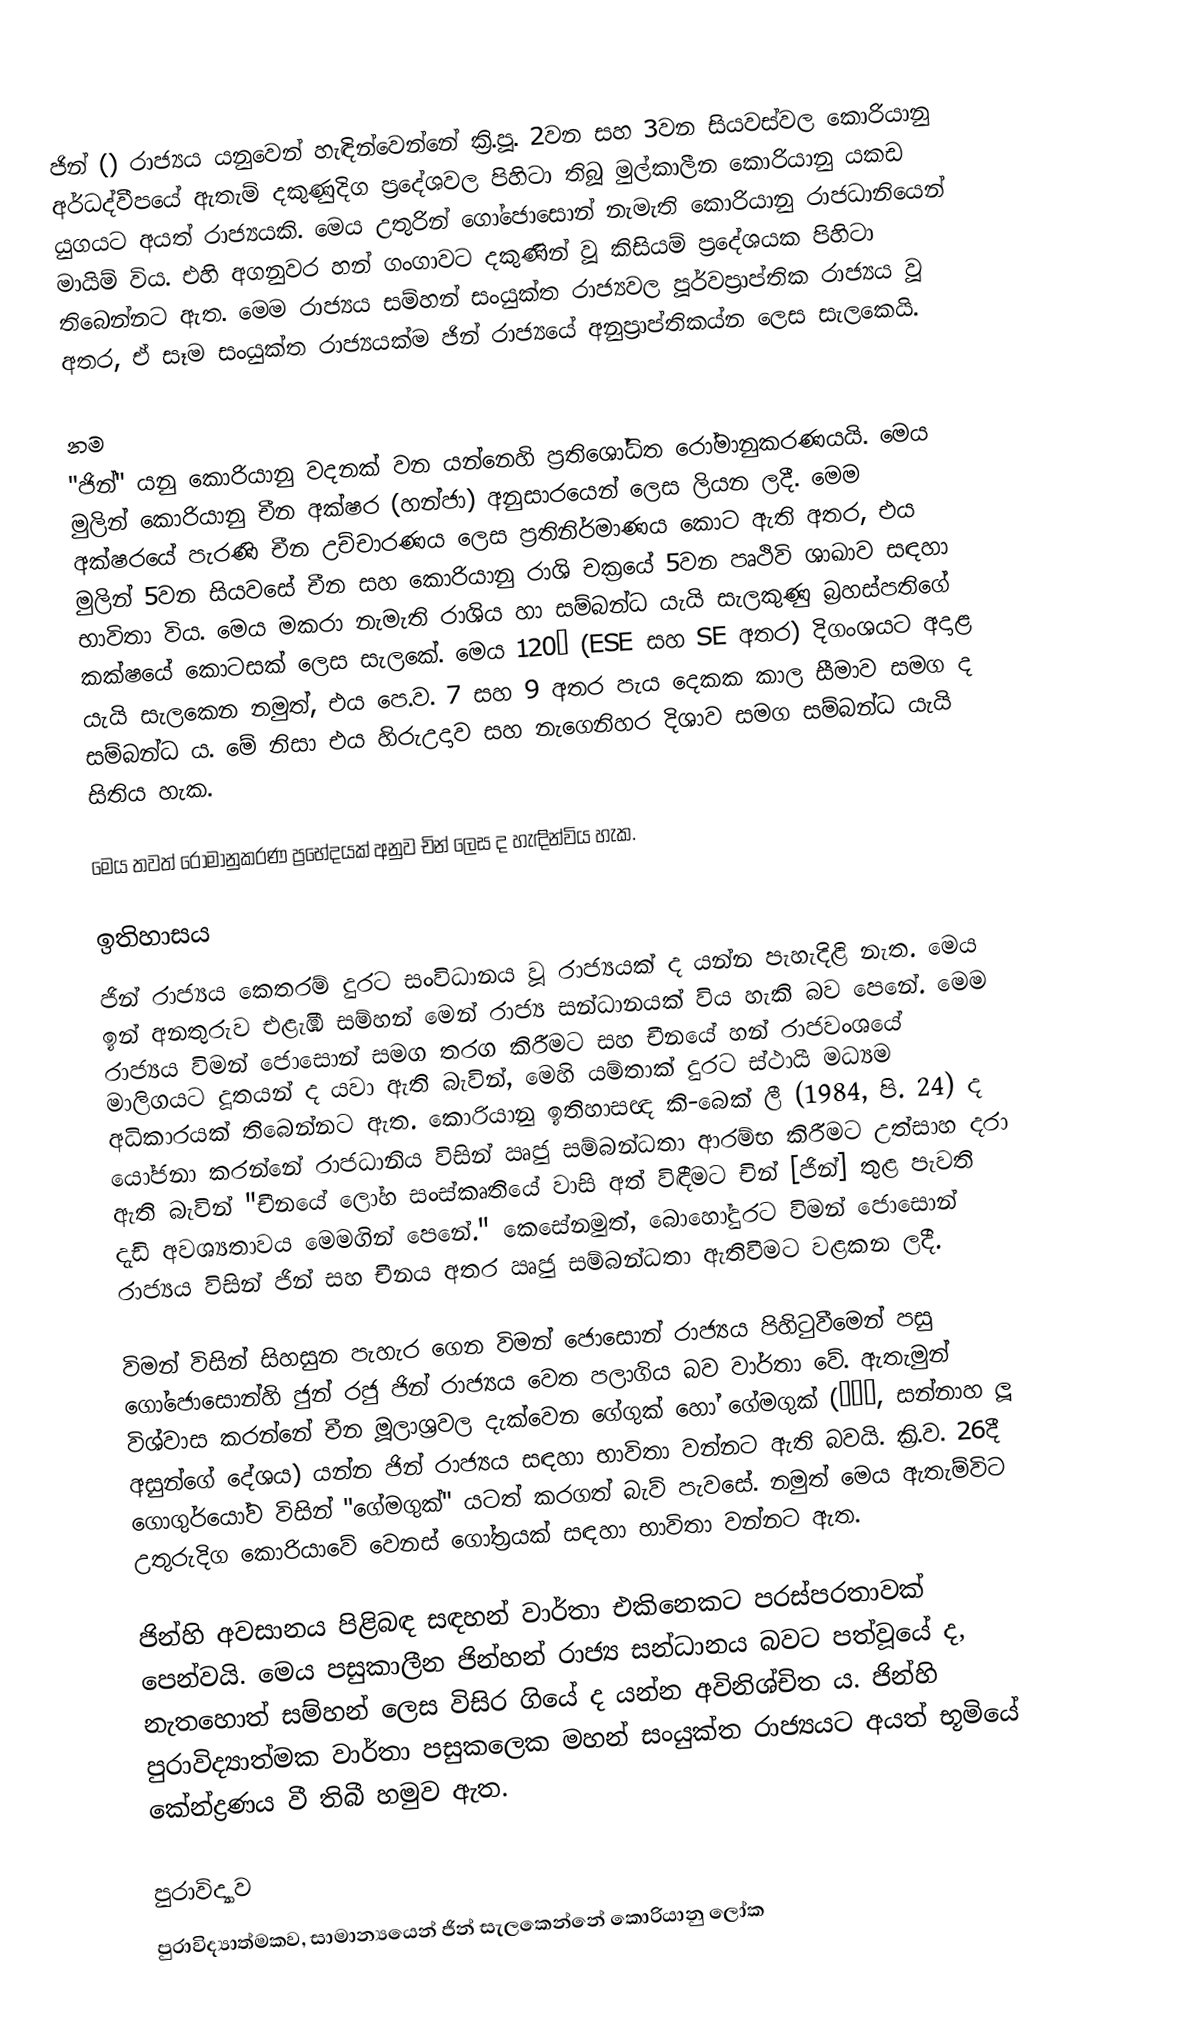
ජින් () රාජ්‍යය යනුවෙන් හැඳින්වෙන්නේ ක්‍රි.පූ. 2වන සහ 3වන සියවස්වල කොරියානු අර්ධද්වීපයේ ඇතැම් දකුණුදිග ප්‍රදේශවල පිහිටා තිබූ මුල්කාලීන කොරියානු යකඩ යුගයට අයත් රාජ්‍යයකි. මෙය උතුරින් ගෝජොසොන් නැමැති කොරියානු රාජධානියෙන් මායිම් විය. එහි අගනුවර හන් ගංගාවට දකුණින් වූ කිසියම් ප්‍රදේශයක පිහිටා තිබෙන්නට ඇත. මෙම රාජ්‍යය සම්හන් සංයුක්ත රාජ්‍යවල පූර්වප්‍රාප්තික රාජ්‍යය වූ අතර, ඒ සෑම සංයුක්ත රාජ්‍යයක්ම ජින් රාජ්‍යයේ අනුප්‍රාප්තිකය්න ලෙස සැලකෙයි.

නම
"ජින්" යනු කොරියානු වදනක් වන  යන්නෙහි ප්‍රතිශෝධිත රෝමානුකරණයයි. මෙය මුලින් කොරියානු චීන අක්ෂර (හන්ජා) අනුසාරයෙන්  ලෙස ලියන ලදී. මෙම අක්ෂරයේ පැරණි චීන උච්චාරණය  ලෙස ප්‍රතිනිර්මාණය කොට ඇති අතර, එය මුලින් 5වන සියවසේ චීන ‍සහ කොරියානු රාශි චක්‍රයේ 5වන පෘථිවි ශාඛාව සඳහා භාවිතා විය. මෙය මකරා නැමැති රාශිය හා සම්බන්ධ යැයි සැලකුණු බ්‍රහස්පතිගේ කක්ෂයේ කොටසක් ලෙස සැලකේ‍. මෙය 120° (ESE සහ SE අතර) දිගංශයට අදාළ යැයි සැලකෙන නමුත්, එය පෙ.ව. 7 සහ 9 අතර පැය දෙකක කාල සීමාව සමග ද සම්බන්ධ ය. මේ නිසා එය හිරුඋදාව සහ නැගෙනිහර දිශාව සමග සම්බන්ධ යැයි සිතිය හැක.

මෙය තවත් රෝමානුකරණ ප්‍රභේදයක් අනුව චින් ලෙස ද හැඳින්විය හැක.

ඉතිහාසය
ජින් රාජ්‍යය කෙතරම් දුරට සංවිධානය වූ රාජ්‍යයක් ද යන්න පැහැදිළි නැත. මෙය ඉන් අනතුරුව එළැඹි සම්හන් මෙන් රාජ්‍ය සන්ධානයක් විය හැකි බව පෙනේ. මෙම රාජ්‍යය විමන් ජොසොන් සමග තරග කිරීමට සහ චීනයේ හන් රාජවංශයේ මාලිගයට දූතයන් ද යවා ඇති බැවින්, මෙහි යම්තාක් දුරට ස්ථායී මධ්‍යම අධිකාරයක් තිබෙන්නට ඇත. කොරියානු ඉතිහාසඥ කි-බෙක් ලී (1984, පි. 24) ද‍ යෝජනා කරන්නේ රාජධානිය විසින් ඍජු සම්බන්ධතා ආරම්භ කිරීමට උත්සාහ දරා ඇති බැවින් "චීනයේ ලෝහ සංස්කෘතියේ වාසි අත් විඳීමට චින් [ජින්] තුළ පැවති දැඩි අවශ්‍යතාවය මෙමගින් පෙනේ." කෙසේනමුත්, බොහෝදුරට විමන් ජොසොන් රාජ්‍යය විසින් ජින් සහ චීනය අතර ඍජු සම්බන්ධතා ඇතිවීමට වළකන ලදී.

විමන් විසින් සිහසුන පැහැර ගෙන විමන් ජොසොන් රාජ්‍යය පිහිටුවීමෙන් පසු ගෝජොසොන්හි ජුන් රජු ජින් රාජ්‍යය වෙත පලාගිය බව වාර්තා වේ. ඇතැමුන් විශ්වාස කරන්නේ ‍චීන මූලාශ්‍රවල දැක්වෙන ගේගුක් හෝ ගේමගුක් (蓋馬國, සන්නාහ ලූ අසුන්ගේ දේශය) යන්න ජින් රාජ්‍යය සඳහා භාවිතා වන්නට ඇති බවයි. ක්‍රි.ව. 26දී ගොගුර්යෝව විසින් "ගේමගුක්" යටත් කරගත් බැව් පැවසේ. නමුත් මෙය ඇතැම්විට උතුරුදිග කොරියාවේ වෙනස් ගෝත්‍රයක් සඳහා භාවිතා වන්නට ඇත.

ජින්හි අවසානය පිළිබඳ සඳහන් වාර්තා එකිනෙකට පරස්පරතාවක් පෙන්වයි. මෙය පසුකාලීන ජින්හන් රාජ්‍ය සන්ධානය බවට පත්වූයේ ද, නැතහොත් සම්හන් ලෙස විසිර ගියේ ද යන්න අවිනිශ්චිත ය. ජින්හි පුරාවිද්‍යාත්මක වාර්තා පසුකලෙක මහන් සංයුක්ත රාජ්‍යයට අයත් භූමියේ කේන්ද්‍රණය වී තිබී හමුව ඇත.

පුරාවිද්‍යාව
පුරාවිද්‍යාත්මකව, සාමාන්‍යයෙන් ජින් සැලකෙන්නේ කොරියානු ලෝක